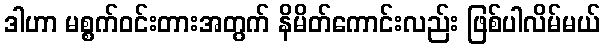
ဒါဟာ မစ္စက်ဝင်းတားအတွက် နိမိတ်ကောင်းလည်း ဖြစ်ပါလိမ်မယ်